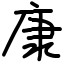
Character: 康